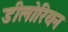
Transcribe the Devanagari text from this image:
डीलोरियन